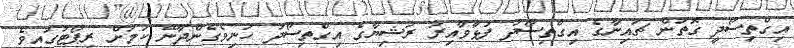
އިގްތިސޯދީ ގޮތުން ޗައިނާގެ އިގްތިސޯދު ފުޅާވާއިރު ރަޝިޔާގެ އިގްތިސޯދު ހަނިވެގެންދާނޭ ކަމަށް ރިޕޯޓުގައިވެ